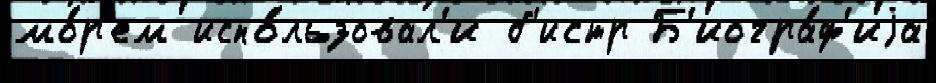
мо́р'ем испо́льзовал'и б'истр Б'иогра́ф'иjа